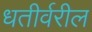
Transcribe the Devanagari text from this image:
धतीर्वरील